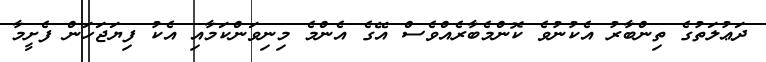
ދަޢުލަތުގެ ތިންބާރު އެކުނުވެ ކޮންމެބާރެއްވެސް އޭގެ އެންމެ މިނިވަންކަމާއި އެކު ފިޔަޖަހަން ފެށީމާ